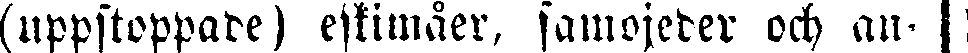
(uppstoppade) eskimåer, samojeder och an-